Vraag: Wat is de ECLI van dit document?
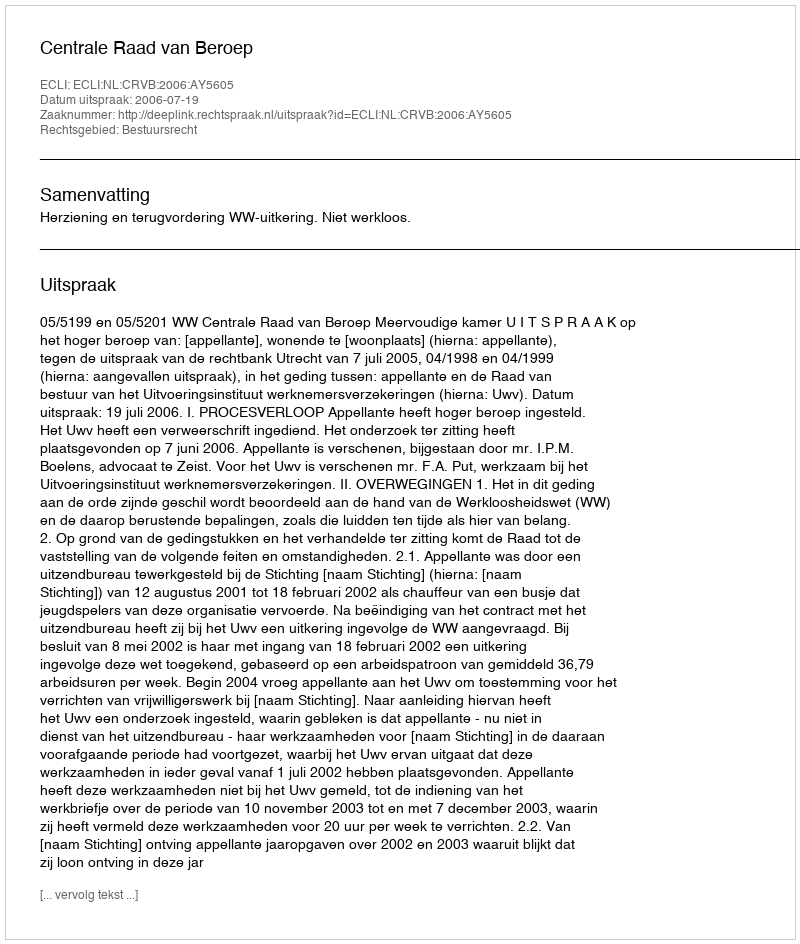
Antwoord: ECLI:NL:CRVB:2006:AY5605